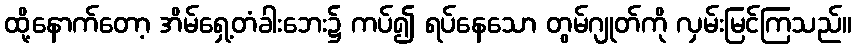
ထို့နောက်တော့ အိမ်ရှေ့တံခါးဘေး၌ ကပ်၍ ရပ်နေသော တွမ်ဂျုတ်ကို လှမ်းမြင်ကြသည်။